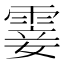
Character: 霎